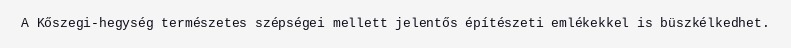
A Kőszegi-hegység természetes szépségei mellett jelentős építészeti emlékekkel is büszkélkedhet.